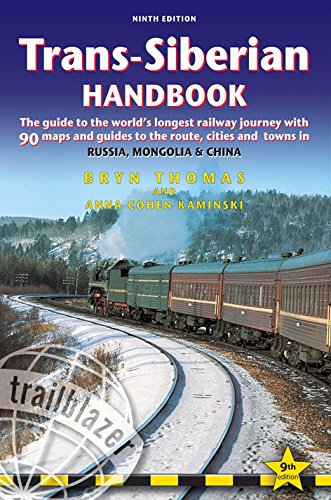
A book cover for Trans-Siberian Handbook: The guide to the world's longest railway journey with 90 maps and guides to the rout, cities and towns in Russia, Mongolia & China; Bryn Thomas; Engineering & Transportation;